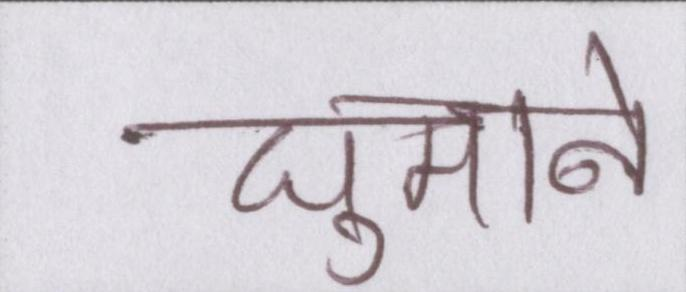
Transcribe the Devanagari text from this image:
घुमाने